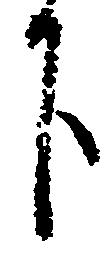
下